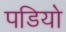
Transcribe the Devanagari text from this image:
पडियो